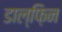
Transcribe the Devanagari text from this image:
डाल्फ़िन